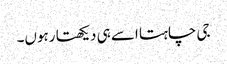
جی چاہتا اسے ہی دیکھتا رہوں۔